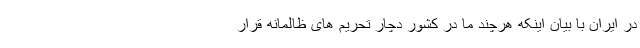
در ایران با بیان اینکه هرچند ما در کشور دچار تحریم های ظالمانه قرار